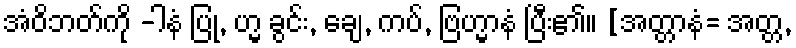
အံဝိဘတ်ကို -ါနံ ပြု, ဟ္မ ခွင်း, ချေ, ကပ်, ဗြဟ္မာနံ ပြီး၏။ [အတ္တာနံ= အတ္တ,